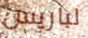
لباريس